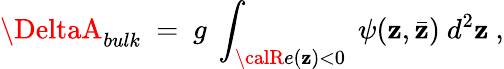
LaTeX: \DeltaA_{bulk}~=~g~\int_{{\calR}e(\mathbf{z})<0}~\psi(\mathbf{z},\bar{{\mathbf{z}}})~d^{2}\mathbf{z}\ ,